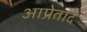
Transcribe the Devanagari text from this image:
आप्रेताद